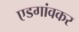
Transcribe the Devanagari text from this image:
एडगांवकर